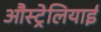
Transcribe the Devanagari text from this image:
औस्ट्रेलियाई